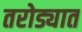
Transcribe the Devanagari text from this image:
तरोड्यात